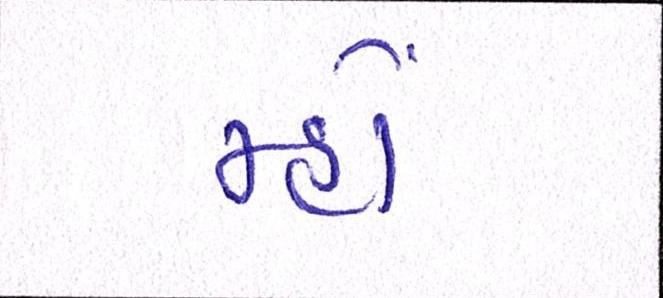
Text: મ્હોં